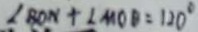
\angle B O N + \angle M O B = 1 2 0 ^ { \circ }